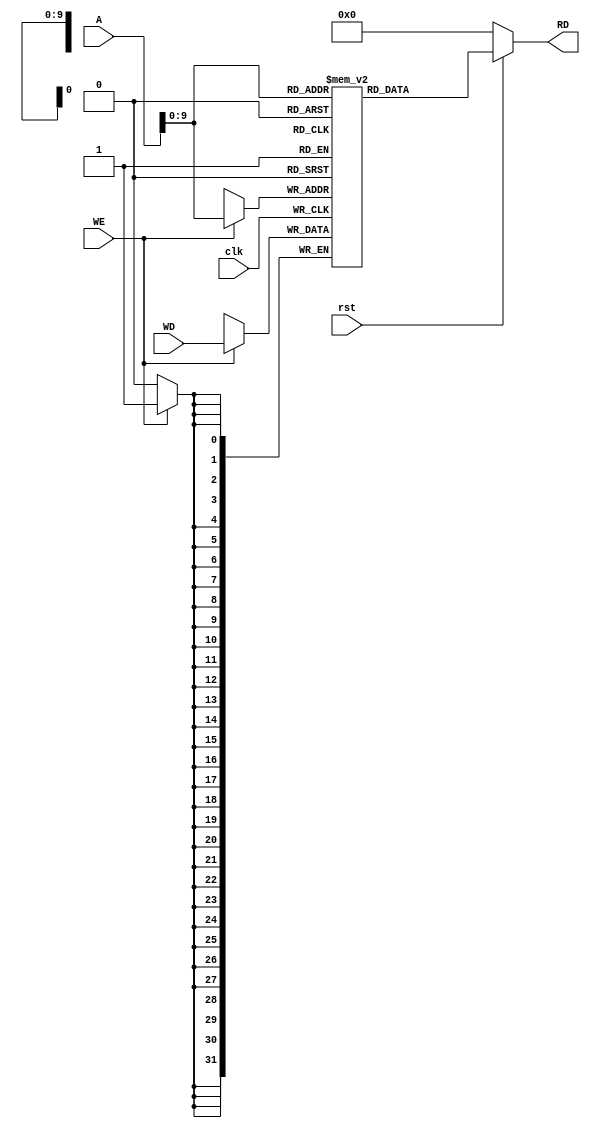
`timescale 1ns / 1ps
//////////////////////////////////////////////////////////////////////////////////
// Company: 
// Engineer: 
// 
// Design Name: 
// Module Name: Data_Memory
// Project Name: 
// Target Devices: 
// Tool Versions: 
// Description: 
// 
// Dependencies: 
// 
// Revision:
// Revision 0.01 - File Created
// Additional Comments:
// 
//////////////////////////////////////////////////////////////////////////////////


module Data_Memory(
    input  rst,
    input [31:0] A,//address in memory
    input [31:0] WD,//data to store in memory or read it from memory
    input clk,WE,//write enable
    
    output [31:0] RD//read the address A data onto RD, read wxisting data basically
    );
    
    reg [31:0] Data_Memory_Registers [512:0];

    always @(posedge clk)
    begin
        if (WE)
            begin
                Data_Memory_Registers[A] <= WD;
            end
    
    end

    //read
    //assign RD = ( WE == 1'b0 ) ? Data_Memory_Registers[A] : 32'h00000000;//read data at address A if we is low
    assign RD = (~rst) ? 32'd0 : Data_Memory_Registers[A];

    initial begin
        //test-1
    //    Data_Memory_Registers[28] = 32'h00000020;
        //test-2
    //    Data_Memory_Registers[40] = 32'h00000002;

    end
    




endmodule